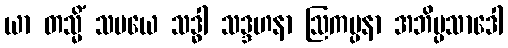
ယာ တသ္မိံ သမယေ သဒ္ဓါ သဒ္ဒဟနာ ဩကပ္ပနာ အဘိပ္ပသာဒေါ